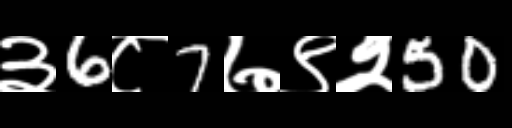
Text: ३6८7७९२50